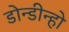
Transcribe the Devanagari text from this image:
डोन्डीन्हो